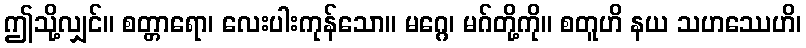
ဤသို့လျှင်။ စတ္တာရော၊ လေးပါးကုန်သော။ မဂ္ဂေ၊ မဂ်တို့ကို။ စတူဟိ နယ သဟဿေဟိ၊